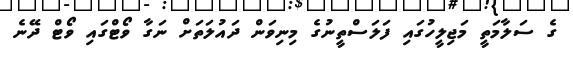
ގެ ސަލާމަތީ މަޖިލީހުގައި ފަލަސްތީނުގެ މިނިވަން ދައުލަތަށް ނަގާ ވޯޓްގައި ވޯޓް ދޭނެ